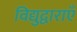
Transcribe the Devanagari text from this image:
विद्युद्वाराएँ